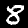
Digit: 8